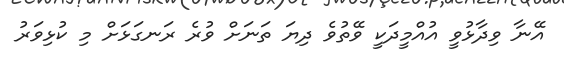
އޭނާ ވިދާޅުވީ އުއްމީދަކީ ވޭތުވެ ދިޔަ ތަނަށް ވުރެ ރަނގަޅަށް މި ކުޅިވަރު